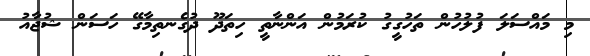
މި މައްސަލަ ފުލުހުން ތަހުގީގު ކުރަމުން އަންނާތީ ހިތަދޫ ދުގެނތިމާގޭ ހަސަން ޝުޖާއު